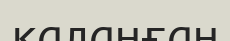
каланған